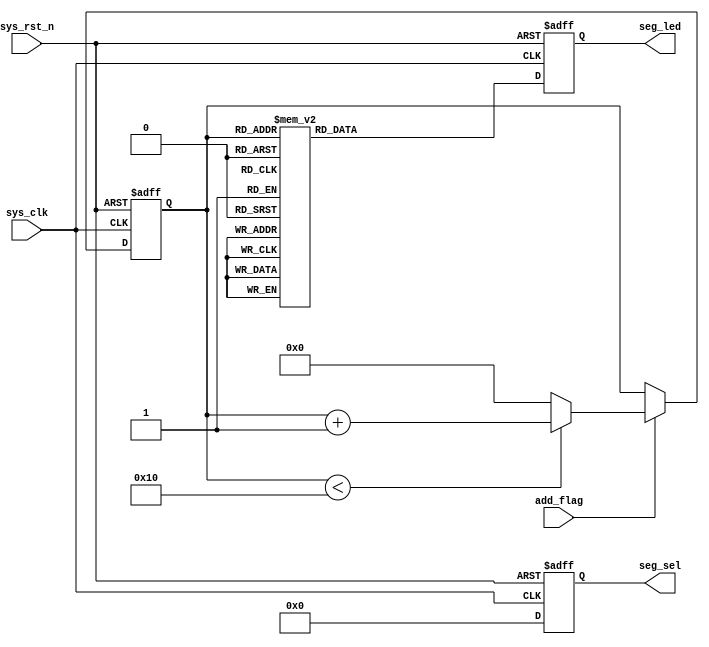
`timescale 1ns / 1ps
////////////////////////////////////////////////////////////////////////////////// 
// Engineer: 
// Module Name: digitron_driver 
// Description: This is digitron driver 
// 
//////////////////////////////////////////////////////////////////////////////////


module digitron_driver(
    input           sys_clk,
    input           sys_rst_n,
    input           add_flag,
    
    output reg[5:0] seg_sel,
    output reg[7:0] seg_led
);

reg[4:0]      seg_state;

always @(posedge sys_clk or negedge sys_rst_n) begin
    if(!sys_rst_n)
        seg_sel <= 6'b111111;
    else
        seg_sel <= 6'b000000;
end

always @(posedge sys_clk or negedge sys_rst_n) begin
    if(!sys_rst_n)
        seg_state <= 5'b11111;
    else if(add_flag) begin
        if(seg_state < 5'b10000)
            seg_state <= seg_state + 1'b1;
        else
            seg_state <= 5'b00000;
    end
    else
        seg_state <= seg_state;   
end

always @(posedge sys_clk or negedge sys_rst_n) begin
    if(!sys_rst_n)
        seg_led <= 8'b1111_1111;                       
    else begin
        case(seg_state)
            5'h00 : seg_led <= 8'b1100_0000;           //0
            5'h01 : seg_led <= 8'b1111_1001;           //1
            5'h02 : seg_led <= 8'b1010_0100;           //2
            5'h03 : seg_led <= 8'b1011_0000;           //3
            5'h04 : seg_led <= 8'b1001_1001;           //4
            5'h05 : seg_led <= 8'b1001_0010;           //5
            5'h06 : seg_led <= 8'b1000_0010;           //6
            5'h07 : seg_led <= 8'b1111_1000;           //7
            5'h08 : seg_led <= 8'b1000_0000;           //8
            5'h09 : seg_led <= 8'b1001_0000;           //9
            5'h0a : seg_led <= 8'b1000_1000;           //A
            5'h0b : seg_led <= 8'b1000_0011;           //B
            5'h0c : seg_led <= 8'b1100_0110;           //C
            5'h0d : seg_led <= 8'b1010_0001;           //D
            5'h0e : seg_led <= 8'b1000_0110;           //E
            5'h0f : seg_led <= 8'b1000_1110;           //F
            5'h10 : seg_led <= 8'b0111_1111;           //.
            default : seg_led <= 8'b1111_1111; 
        endcase
    end 
end

endmodule